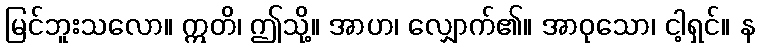
မြင်ဘူးသလော။ ဣတိ၊ ဤသို့။ အာဟ၊ လျှောက်၏။ အာဝုသော၊ ငါ့ရှင်။ န